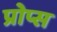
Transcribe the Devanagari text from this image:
प्रोप्स